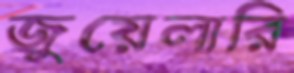
জুয়েলারি